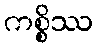
ကစ္စိဿ